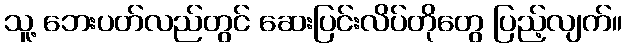
သူ့ ဘေးပတ်လည်တွင် ဆေးပြင်းလိပ်တိုတွေ ပြည့်လျက်။